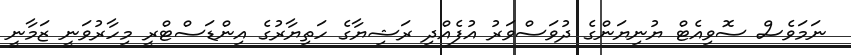
ނަމަވެސް ސޮވިއެޓް ޔުނިޔަންގެ ދުވަސްވަރު އުފެއްދި ރަޝިޔާގެ ހަތިޔާރުގެ އިންޑަސްޓްރީ މިހާރުވަނީ ޒަމާނީ